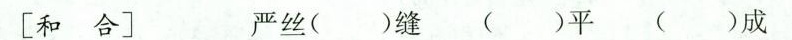
[和 合] 严丝( )缝 ( )平 ( )成